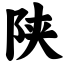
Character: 陕